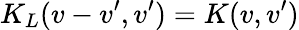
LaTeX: K_{L}(v-v^{\prime},v^{\prime})=K(v,v^{\prime})